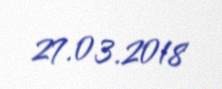
27.03.2018